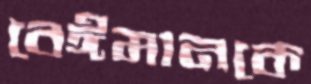
বেঈমানকে